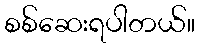
စစ်ဆေးရပါတယ်။